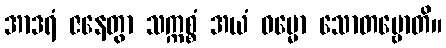
အာဒရံ ဇနေတွာ သက္ကစ္စံ အယံ ဓမ္မော သောတဗ္ဗောတိ။